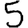
Digit: 5